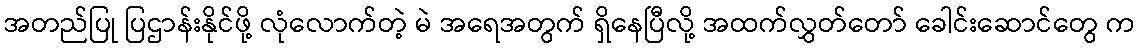
အတည်ပြု ပြဌာန်းနိုင်ဖို့ လုံလောက်တဲ့ မဲ အရေအတွက် ရှိနေပြီလို့ အထက်လွှတ်တော် ခေါင်းဆောင်တွေ က